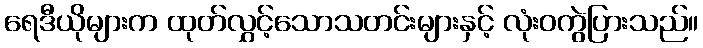
ရေဒီယိုများက ထုတ်လွှင့်သောသတင်းများနှင့် လုံးဝကွဲပြားသည်။